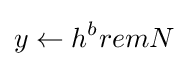
y\leftarrow h^{b}remN